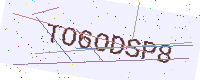
Text: TO6ODSP8